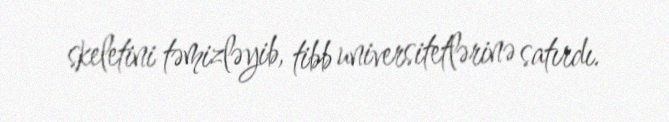
skeletini təmizləyib, tibb universitetlərinə satırdı.